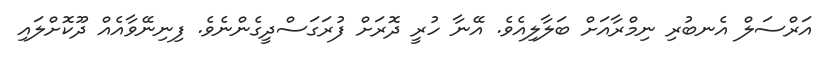
އަރްސަލް އެނބުރި ނިމްރާއަށް ބަލާލިއެވެ. އޭނާ ހުރީ ދޮރަށް ފުރަގަސްދީގެންނެވެ. ފިނިނޭވާއެއް ދޫކޮށްލައި